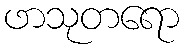
ဖာသုတရော